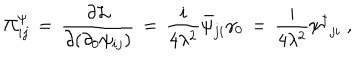
\Pi _ { i j } ^ { \psi } \, = \, \frac { \partial { \cal L } } { \partial ( \partial _ { 0 } \psi _ { i j } ) } \, = \, \frac { i } { 4 \lambda ^ { 2 } } \bar { \psi } _ { j i } \gamma _ { 0 } \, = \, \frac { i } { 4 \lambda ^ { 2 } } { { \psi } ^ { \dagger } } _ { j i } \; ,